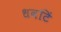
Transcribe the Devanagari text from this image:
धवटिं